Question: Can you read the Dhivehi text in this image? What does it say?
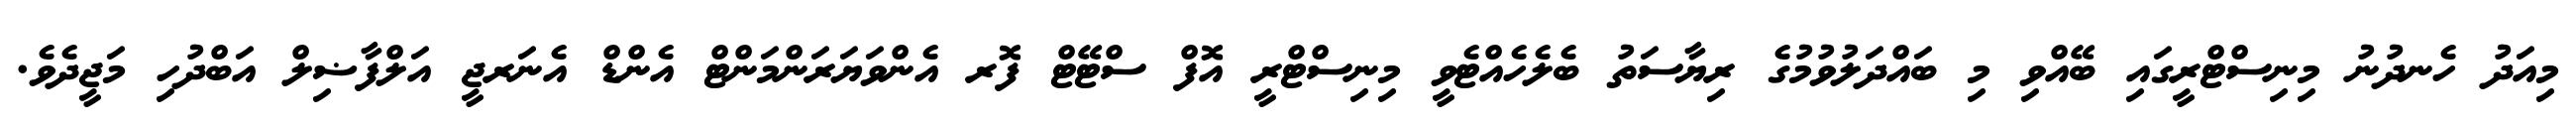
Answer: މިއަދު ހެނދުނު މިނިސްޓްރީގައި ބޭއްވި މި ބައްދަލުވުމުގެ ރިޔާސަތު ބެލެހެއްޓެވީ މިނިސްޓްރީ އޮފް ސްޓޭޓް ފޮރ އެންވަޔަރަންމަންޓް އެންޑް އެނަރޖީ އަލްފާޟިލް އަބްދުހި މަޖީދެވެ.